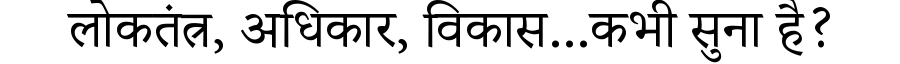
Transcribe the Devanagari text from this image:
लोकतंत्र, अधिकार, विकास...कभी सुना है?